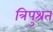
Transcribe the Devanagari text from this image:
त्रिपुश्रत